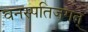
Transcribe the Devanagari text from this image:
वनस्पतिजगत्